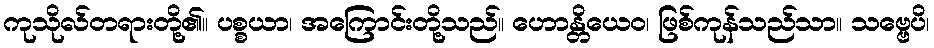
ကုသိုလ်တရားတို့၏။ ပစ္စယာ၊ အကြောင်းတို့သည်။ ဟောန္တိယေဝ၊ ဖြစ်ကုန်သည်သာ။ သဗ္ဗေပိ၊